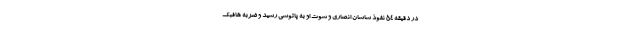
در دقیقه ۵۴ نفوذ ساسان انصاری و شوت او به پاتوسی رسید و ضربه هافبک